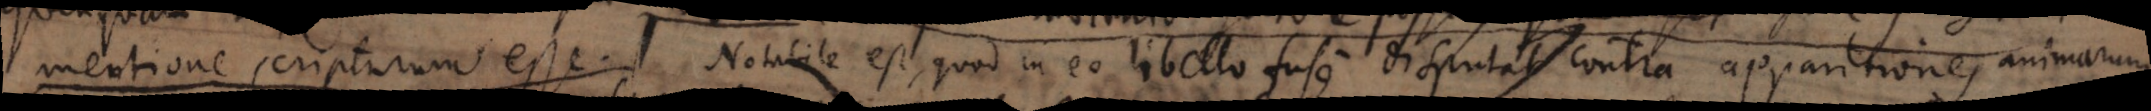
mentione scripturum esse. Notabile est, quod in eo libello fuse disputat contra apparitiones animarum